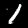
Label: 1